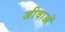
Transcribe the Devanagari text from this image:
जीवाओं